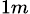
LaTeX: _{1m}